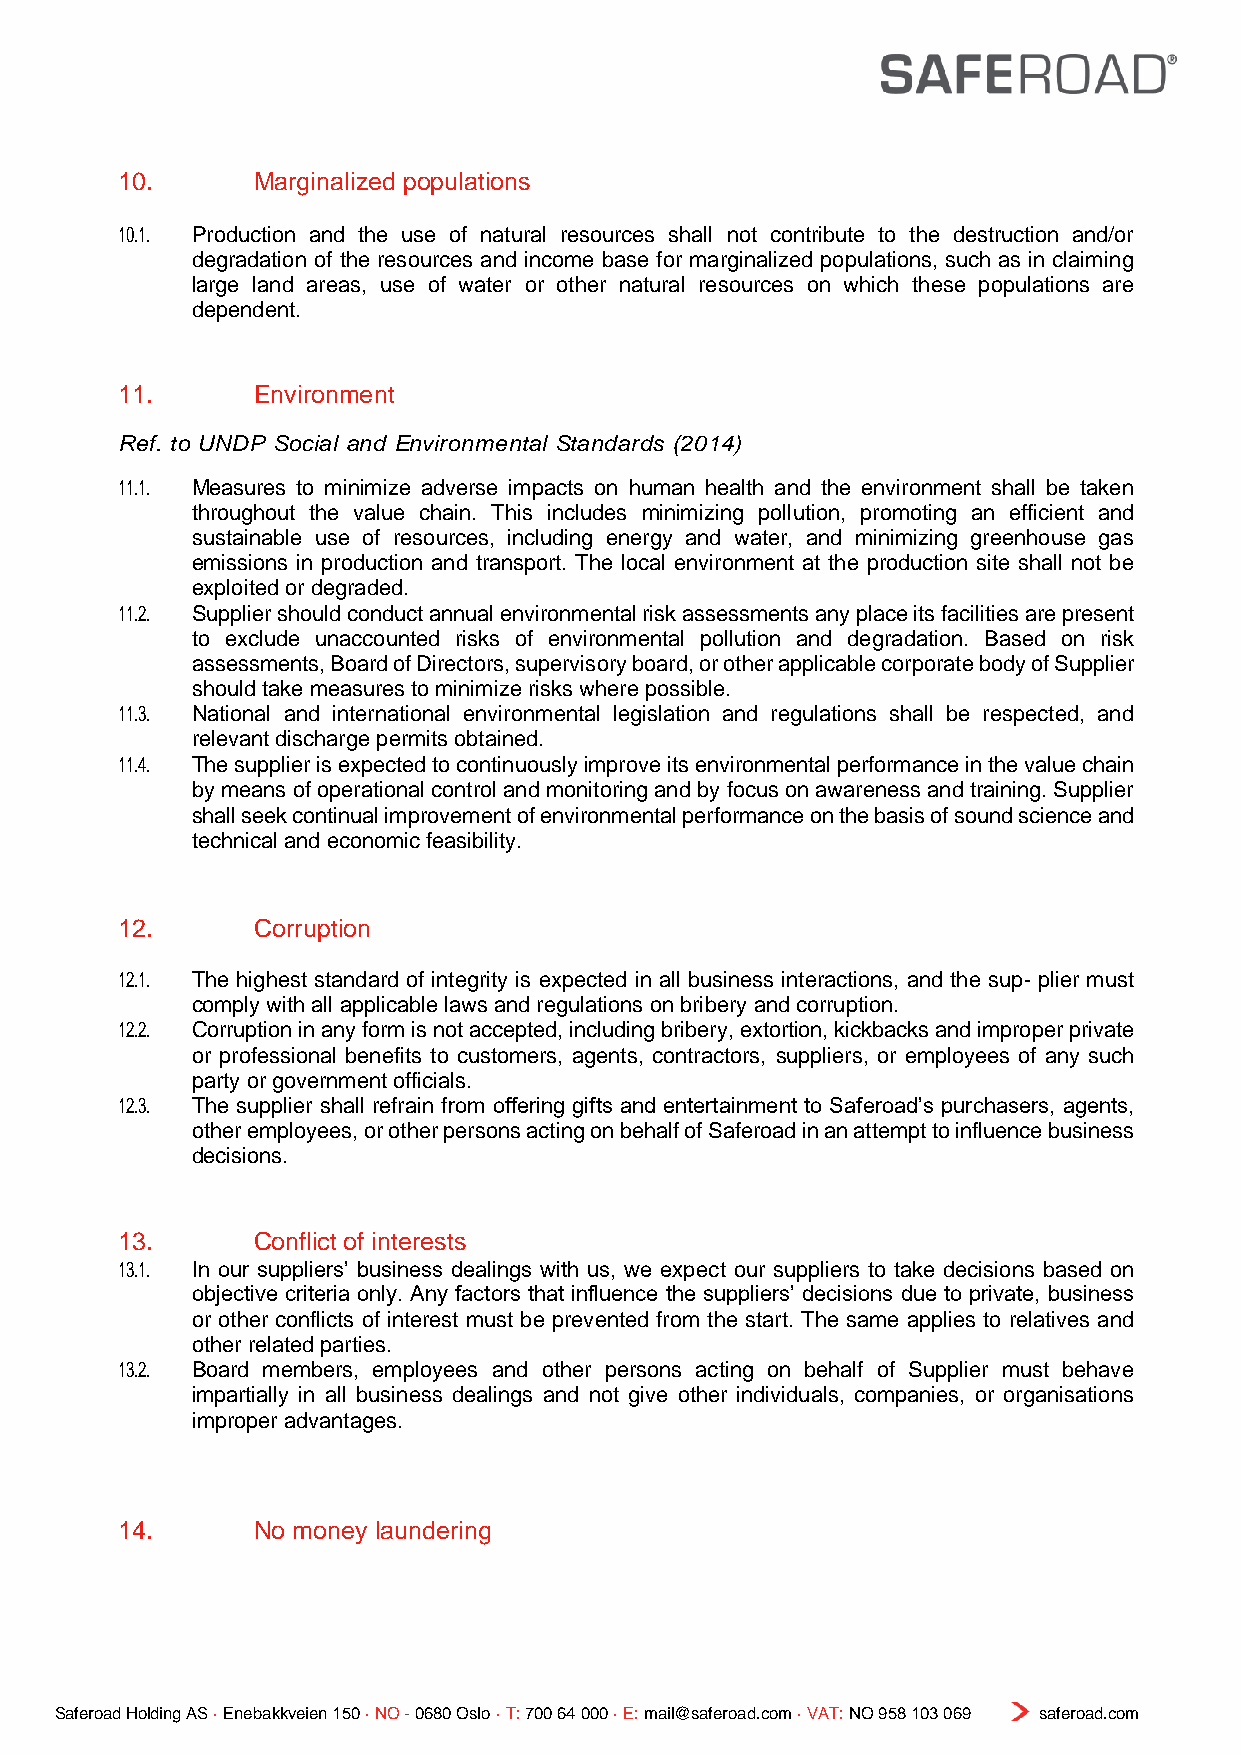
10.      Marginalized populations
 10.1. Production and the use of natural resources shall not contribute to the destruction and/or
 degradation of the resources and income base for marginalized populations, such as in claiming
 large land areas, use of water or other natural resources on which these populations are
 dependent.
 11.      Environment
 Ref. to UNDP Social and Environmental Standards (2014)
 11.1. Measures to minimize adverse impacts on human health and the environment shall be taken
 throughout the value chain. This includes minimizing pollution, promoting an efficient and
 sustainable use of resources, including energy and water, and minimizing greenhouse gas
 emissions in production and transport. The local environment at the production site shall not be
 exploited or degraded.
 11.2. Supplier should conduct annual environmental risk assessments any place its facilities are present
 to exclude unaccounted risks of environmental pollution and degradation. Based on risk
 assessments, Board of Directors, supervisory board, or other applicable corporate body of Supplier
 should take measures to minimize risks where possible.
 11.3. National and international environmental legislation and regulations shall be respected, and
 relevant discharge permits obtained.
 11.4. The supplier is expected to continuously improve its environmental performance in the value chain
 by means of operational control and monitoring and by focus on awareness and training. Supplier
 shall seek continual improvement of environmental performance on the basis of sound science and
 technical and economic feasibility.
 12.      Corruption
 12.1. The highest standard of integrity is expected in all business interactions, and the sup- plier must
 comply with all applicable laws and regulations on bribery and corruption.
 12.2. Corruption in any form is not accepted, including bribery, extortion, kickbacks and improper private
 or professional benefits to customers, agents, contractors, suppliers, or employees of any such
 party or government officials.
 12.3. The supplier shall refrain from offering gifts and entertainment to Saferoad’s purchasers, agents,
 other employees, or other persons acting on behalf of Saferoad in an attempt to influence business
 decisions.
 13.      Conflict of interests
 13.1. In our suppliers’ business dealings with us, we expect our suppliers to take decisions based on
 objective criteria only. Any factors that influence the suppliers’ decisions due to private, business
 or other conflicts of interest must be prevented from the start. The same applies to relatives and
 other related parties.
 13.2. Board members, employees and other persons acting on behalf of Supplier must behave
 impartially in all business dealings and not give other individuals, companies, or organisations
 improper advantages.
 14.      No money laundering
 Saferoad Holding AS · Enebakkveien 150 · NO - 0680 Oslo · T: 700 64 000 · E: mail@saferoad.com · VAT: NO 958 103 069 saferoad.com